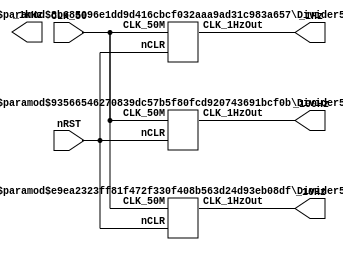
module CP_1kHz_1Hz(nRST,CLK_50,_1Hz,_10Hz,_100Hz,_1kHz);
	input CLK_50,nRST;
	output _1Hz,_10Hz,_100Hz,_1kHz;
	Divider50MHz U0(.CLK_50M(CLK_50),.nCLR(nRST),.CLK_1HzOut(_1KHz));
	defparam U0.N=15,
				U0.CLK_Freq=50000000,
				U0.OUT_Freq=1000;
	Divider50MHz U1(.CLK_50M(CLK_50),.nCLR(nRST),.CLK_1HzOut(_100Hz));
	defparam U1.N=18,
				U1.CLK_Freq=50000000,
				U1.OUT_Freq=100;
	Divider50MHz U2(.CLK_50M(CLK_50),.nCLR(nRST),.CLK_1HzOut(_10Hz));
	defparam U2.N=22,
				U2.CLK_Freq=50000000,
				U2.OUT_Freq=10;
	Divider50MHz U3(.CLK_50M(CLK_50),.nCLR(nRST),.CLK_1HzOut(_1Hz));
	defparam U3.N=25,
				U3.CLK_Freq=50000000,
				U3.OUT_Freq=1;
endmodule

module Divider50MHz(CLK_50M,nCLR,CLK_1HzOut);
	parameter N=25;
	parameter CLK_Freq=50000000;
	parameter OUT_Freq=1;
	input nCLR,CLK_50M;
	output reg CLK_1HzOut;
	reg [N-1:0] Count_DIV;
always @(posedge CLK_50M or negedge nCLR)
	begin
		if(!nCLR)
			begin
				CLK_1HzOut<=0;
				Count_DIV<=0;
			end
		else
			begin
				if(Count_DIV<(CLK_Freq/(2*OUT_Freq)-1))
					Count_DIV<=Count_DIV+1'b1;
				else
					begin
						Count_DIV<=0;
						CLK_1HzOut<=~CLK_1HzOut;
					end
			end
	end
endmodule